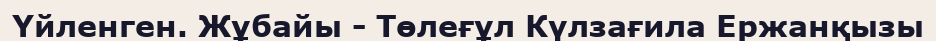
Үйленген. Жұбайы - Төлеғұл Күлзағила Ержанқызы